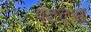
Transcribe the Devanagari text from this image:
पेटंटस